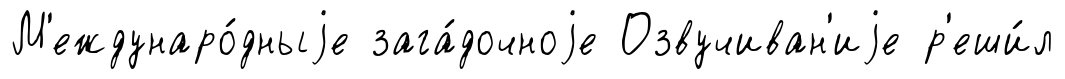
М'еждунаро́дныjе зага́дочноjе Озвучиван'иjе р'еши́л